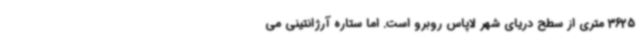
3625 متری از سطح دریای شهر لاپاس روبرو است. اما ستاره آرژانتینی می